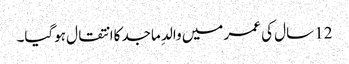
12 سال کی عمر میں والدِ ماجد کاانتقال ہوگیا۔